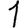
Digit: 1